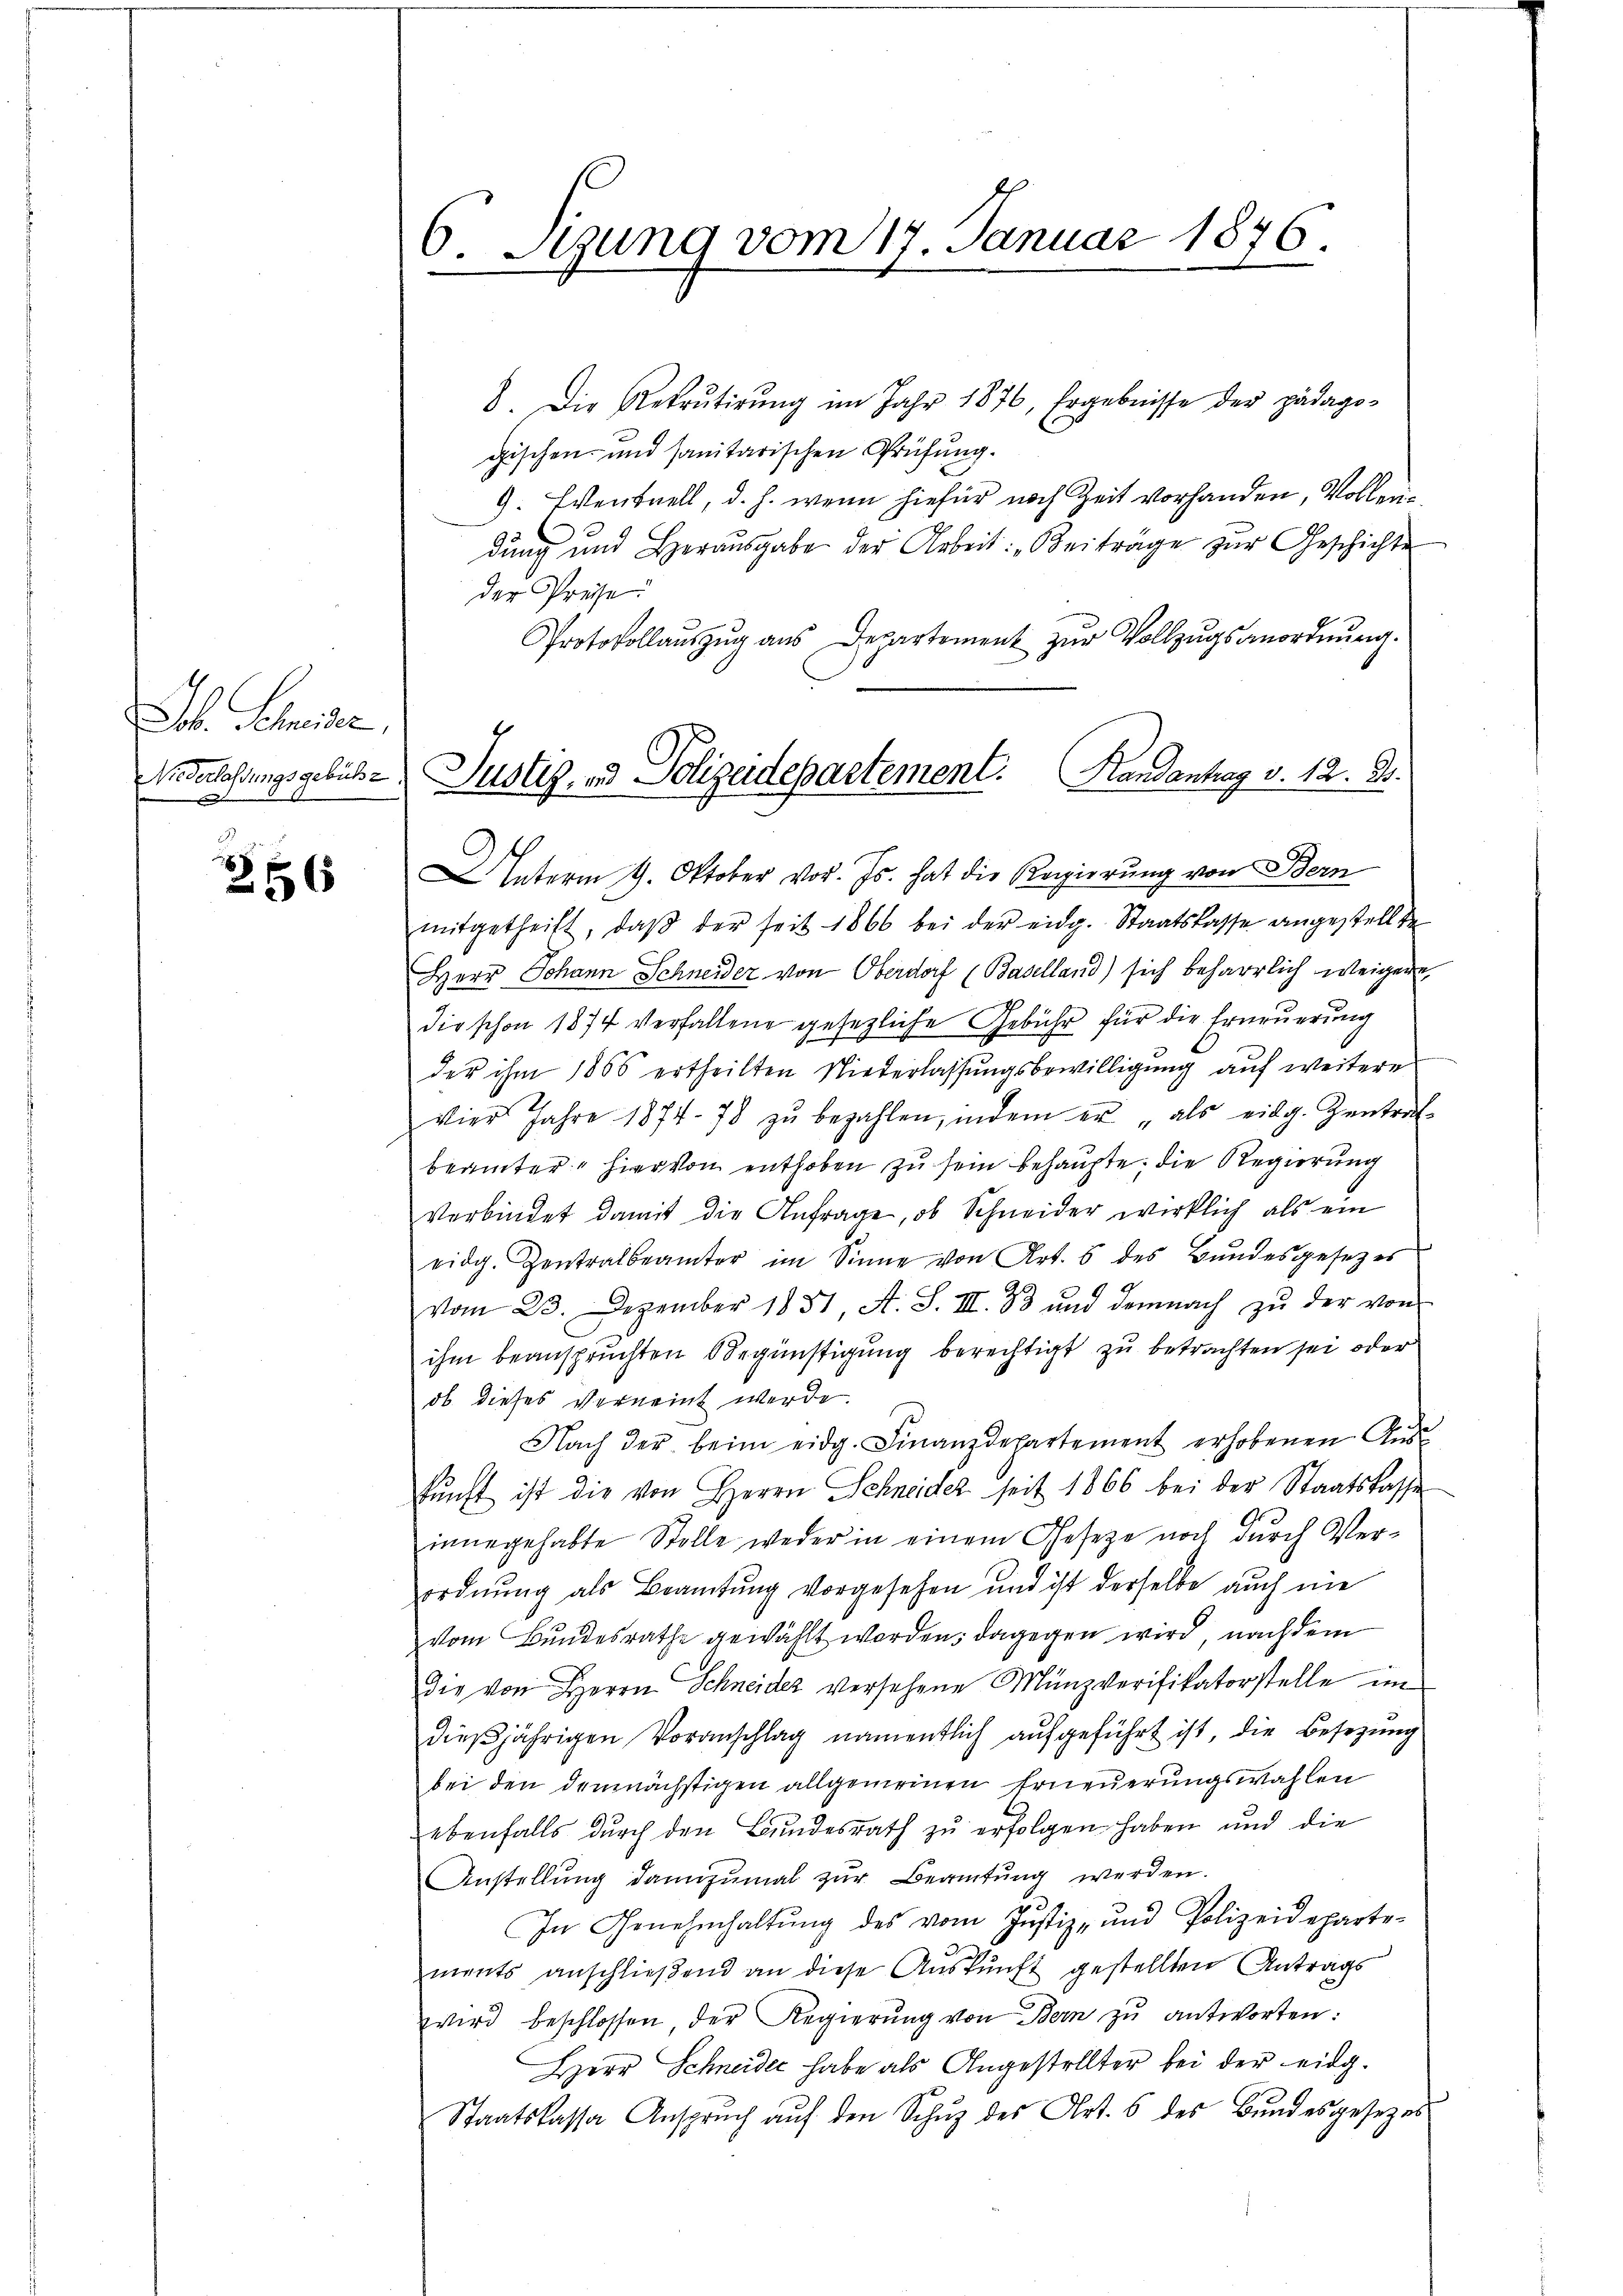
Lbl. Schneide,
Niederlassungsgebühr
|

256

8. Die Rekrutirŭng im Jahr 1876, Ergebnisse der pädago-
gischen und sanitarischen Prüfung.
G. Eventuell, d. h. wenn hiefür nach Zeit vorhanden, Vollendung und Herausgabe der Arbeit: „Beiträge zur Geschichte
der Präse
Protokollaŭszŭg aŭs Departement zŭr Vollzŭgsanordnŭng.
Unterm 9. Oktober vor. Js. hat die Regierŭng von Bern
mitgetheilt, daβ der seit 1866 bei der eidg. Staatslasse angestellte
Herr Johann Schneider von Oberdorf (Baselland) sich beharrlich weigere
die schon 1874 verfallene gesezliche Gebühr für die Erneuerung
der ihm 1865 ertheilten Niederlassŭngsbewilligŭng aŭf weiteres
vier Jahre 1874. 78 zŭ bezahlen, indem er als eidg. Zentrat
beamter hiervon enthoben zu sein behaupte, die Regierung
verbindet damit die Anfrage, ob Schneider wirklich als ein
eidg. Zentralbeamter im Sinne von Art. 5 des Bŭndesgesetzes
vom 23. Dezember 1851, A. S. III. 83 und demnach zu der von
ihm beanspruchten Begünstigung berechtigt zu betrachten sei oder
ob dieses Verneint werde.
Nach der beim eidg. Finanzdepartement erhobenen Aŭs-
fŭnft ist die von Herrn Schneider seit 1866 bei der Staatskasse
innegehabte Stolle weder in einem Gesetze noch durch Verordnŭng als Beamtŭng vorgesehen und ist derselbe auch nie
vom Bundesrathe gewählt worden; dagegen wird nach dem
die von Herrn Schneider versehene Münzverifikatorstelle im
dieβjährigen Voranschlag namentlich aufgeführt ist, die Besizung
bei den demnächstigen allgemeinen Erneuerungswahlen
ebenfalls durch den Bundesrath zu erfolgen haben und die
Anstellung dannzumal zur Beamtung werden.
In Genehmhaltŭng des vom Justiz- und Polizeideparte-
ments anschließend an diese Auskunft gestellten Antrags
wird beschlossen der Regierŭng von Bern zŭ antworten:
Herr Schneider habe als Angestellter bei der eidg.
Staatskassa Anspruch aŭf den Schuz des Art. 6 des Bundesgesezes

6. Stung vom 17. Januar 1876.

Justiz, und Polizeidepartement. Handantrag v. 12. 3.